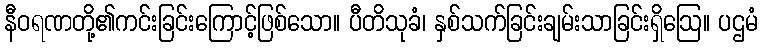
နီဝရဏတို့၏ကင်းခြင်းကြောင့်ဖြစ်သော။ ပီတိသုခံ၊ နှစ်သက်ခြင်းချမ်းသာခြင်းရှိဩေ။ ပဌမံ